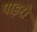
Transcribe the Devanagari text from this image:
पाइरो